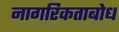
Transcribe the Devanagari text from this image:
नागरिकताबोध